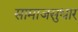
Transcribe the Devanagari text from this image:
सामाजसुधार